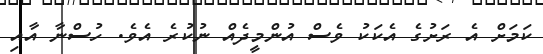
ކަމަށް އެ ރަށުގެ އެކަކު ވެސް އުންމީދެއް ނުކުރެ އެވެ. ހުސްނާ އާއި